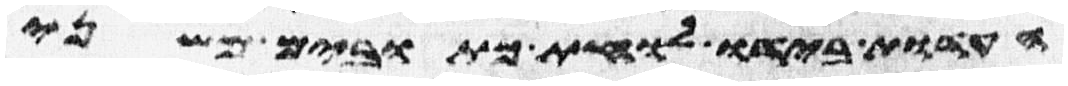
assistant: העדות בידו לוחת כתובים משני